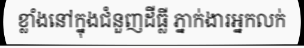
ខ្លាំងនៅក្នុងជំនួញដីធ្លី ភ្នាក់ងារអ្នកលក់